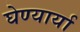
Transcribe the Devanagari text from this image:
घेण्यार्या